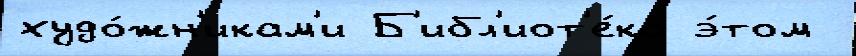
худо́жн'икам'и Б'ибл'иот'е́ка э́том